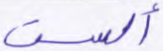
ألست